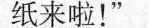
纸来啦！”